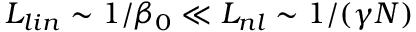
L _ { l i n } \sim 1 / \beta _ { 0 } \ll L _ { n l } \sim 1 / ( \gamma N )